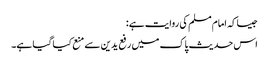
جیساکہ امام مسلم کی روایت ہے:
اس حدیث پاک میں رفع یدین سے منع کیا گیا ہے۔